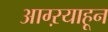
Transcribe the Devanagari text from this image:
आग्ऱयाहून